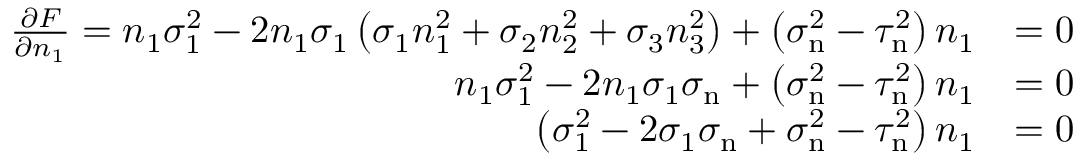
{ \begin{array} { r l } { { \frac { \partial F } { \partial n _ { 1 } } } = n _ { 1 } \sigma _ { 1 } ^ { 2 } - 2 n _ { 1 } \sigma _ { 1 } \left( \sigma _ { 1 } n _ { 1 } ^ { 2 } + \sigma _ { 2 } n _ { 2 } ^ { 2 } + \sigma _ { 3 } n _ { 3 } ^ { 2 } \right) + \left( \sigma _ { \mathrm { n } } ^ { 2 } - \tau _ { \mathrm { n } } ^ { 2 } \right) n _ { 1 } } & { = 0 } \\ { n _ { 1 } \sigma _ { 1 } ^ { 2 } - 2 n _ { 1 } \sigma _ { 1 } \sigma _ { \mathrm { n } } + \left( \sigma _ { \mathrm { n } } ^ { 2 } - \tau _ { \mathrm { n } } ^ { 2 } \right) n _ { 1 } } & { = 0 } \\ { \left( \sigma _ { 1 } ^ { 2 } - 2 \sigma _ { 1 } \sigma _ { \mathrm { n } } + \sigma _ { \mathrm { n } } ^ { 2 } - \tau _ { \mathrm { n } } ^ { 2 } \right) n _ { 1 } } & { = 0 } \end{array} }